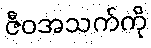
ဇီဝအသက်ကို